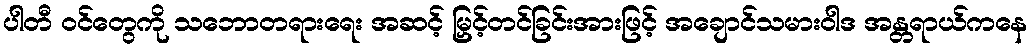
ပါတီ ဝင်တွေကို သဘောတရားရေး အဆင့် မြှင့်တင်ခြင်းအားဖြင့် အချောင်သမားဝါဒ အန္တရာယ်ကနေ